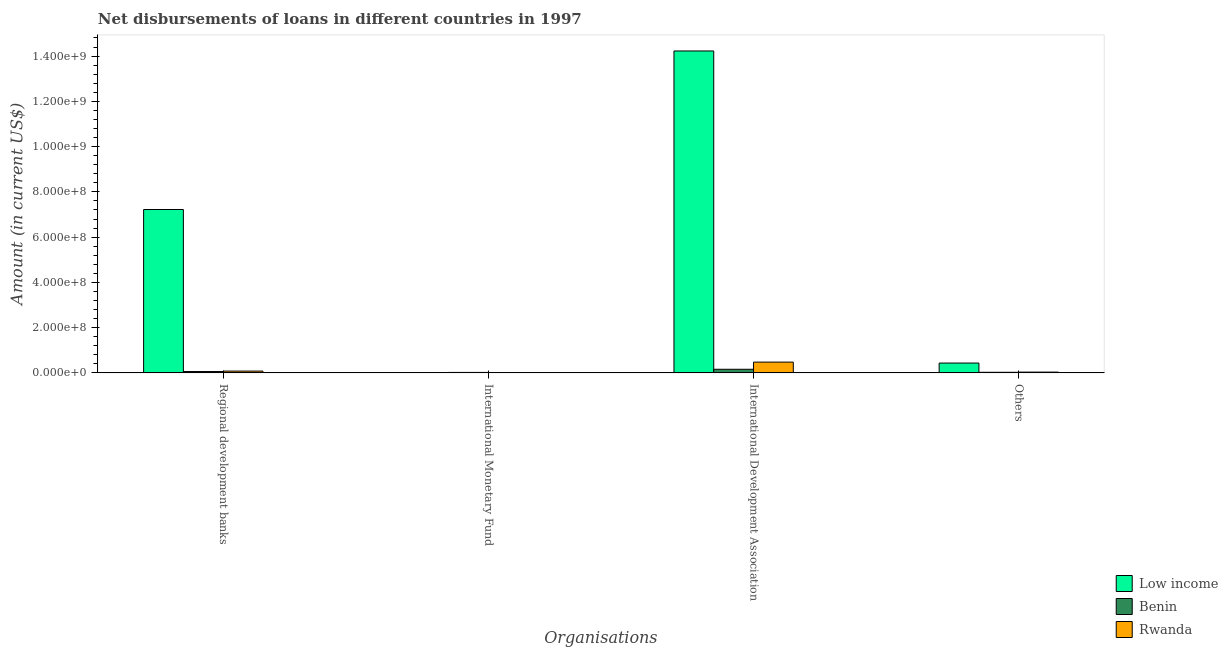
| Organisations | Low income | Benin | Rwanda |
 | --- | --- | --- | --- |
 | Regional development banks | 7.22e+08 | 5.86e+06 | 7.89e+06 |
 | International Monetary Fund | -2.15e+07 | 1.93e+06 | -2.41e+06 |
 | International Development Association | 1.42e+09 | 1.59e+07 | 4.75e+07 |
 | Others | 4.34e+07 | 2.57e+06 | 3.41e+06 |